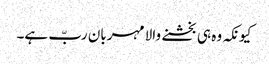
کیونکہ وہ ہی بخشنے والا مہربان ربّ ہے۔